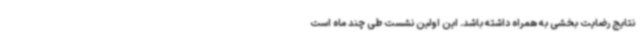
نتایج رضایت بخشی به همراه داشته باشد. این اولین نشست طی چند ماه است